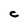
Character: C